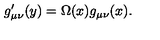
g _ { \mu \nu } ^ { \prime } ( y ) = \Omega ( x ) g _ { \mu \nu } ( x ) .